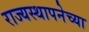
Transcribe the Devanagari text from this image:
राज्‍यस्‍थापनेच्या